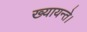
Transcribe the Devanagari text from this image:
ख्यायन्ते।